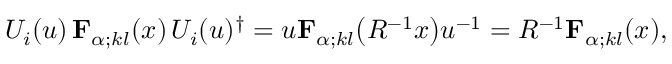
U _ { i } ( u ) \, { \mathbf { F } } _ { \alpha ; k l } ( x ) \, U _ { i } ( u ) ^ { \dagger } = u { \mathbf { F } } _ { \alpha ; k l } \bigl ( R ^ { - 1 } x \bigr ) u ^ { - 1 } = R ^ { - 1 } { \mathbf { F } } _ { \alpha ; k l } ( x ) ,